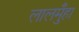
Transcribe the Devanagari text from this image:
लालमुँहा